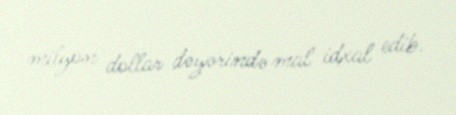
milyon dollar dəyərində mal idxal edib.